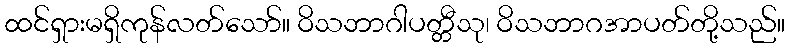
ထင်ရှားမရှိကုန်လတ်သော်။ ဝိသဘာဂါပတ္တီသု၊ ဝိသဘာဂအာပတ်တို့သည်။